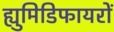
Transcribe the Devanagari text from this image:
ह्युमिडिफायरों